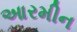
આરમીન